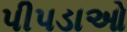
પીપડાઓ